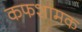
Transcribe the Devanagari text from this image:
कफशामक